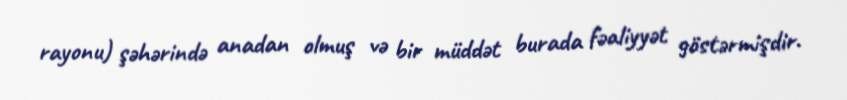
rayonu) şəhərində anadan olmuş və bir müddət burada fəaliyyət göstərmişdir.